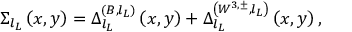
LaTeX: \Sigma _ { l _ { L } } \left( x , y \right) = \Delta _ { l _ { L } } ^ { \left( B , l _ { L } \right) } \left( x , y \right) + \Delta _ { l _ { L } } ^ { \left( W ^ { 3 , \pm } , l _ { L } \right) } \left( x , y \right) ,